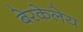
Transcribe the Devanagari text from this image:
बेरकेलेय